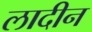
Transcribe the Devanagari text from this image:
लादीन